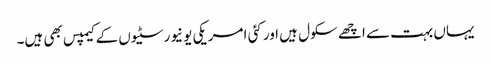
یہاں بہت سے اچھے سکول ہیں اور کئی امریکی یونیورسٹیوں کے کیمپس بھی ہیں۔